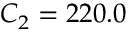
C _ { 2 } = 2 2 0 . 0